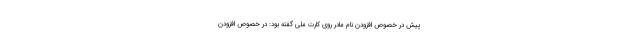
پیش در خصوص افزودن نام مادر روی کارت ملی گفته بود: در خصوص افزودن